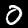
Label: 0